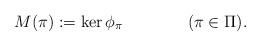
LaTeX: \begin{align*}M(\pi):=\ker \phi_\pi \qquad\qquad(\pi\in\Pi). \end{align*}